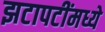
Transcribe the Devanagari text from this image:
झटापटींमध्ये